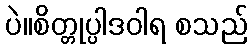
ပဲ။စိတ္တုပ္ပါဒဝါရ စသည်